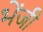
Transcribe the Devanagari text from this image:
भेंजी